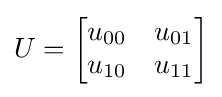
U={\begin{bmatrix}u_{00}&u_{01}\\u_{10}&u_{11}\end{bmatrix}}